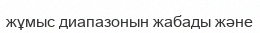
жұмыс диапазонын жабады және